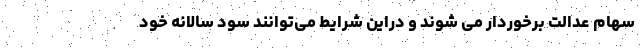
سهام عدالت برخوردار می شوند و دراین شرایط می‌توانند سود سالانه خود